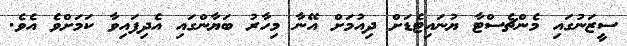
ސީޒަނުގައި މެންޗެސްޓާ ޔުނައިޓެޑަށް ދިއުމަށް އޭނާ މިހާރު ބަޔާންގައި އެދިފައިވާ ކަމަށްވެ އެވެ.